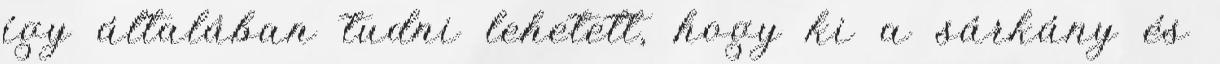
így általában tudni lehetett, hogy ki a sárkány és